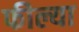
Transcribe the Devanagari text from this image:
फील्या